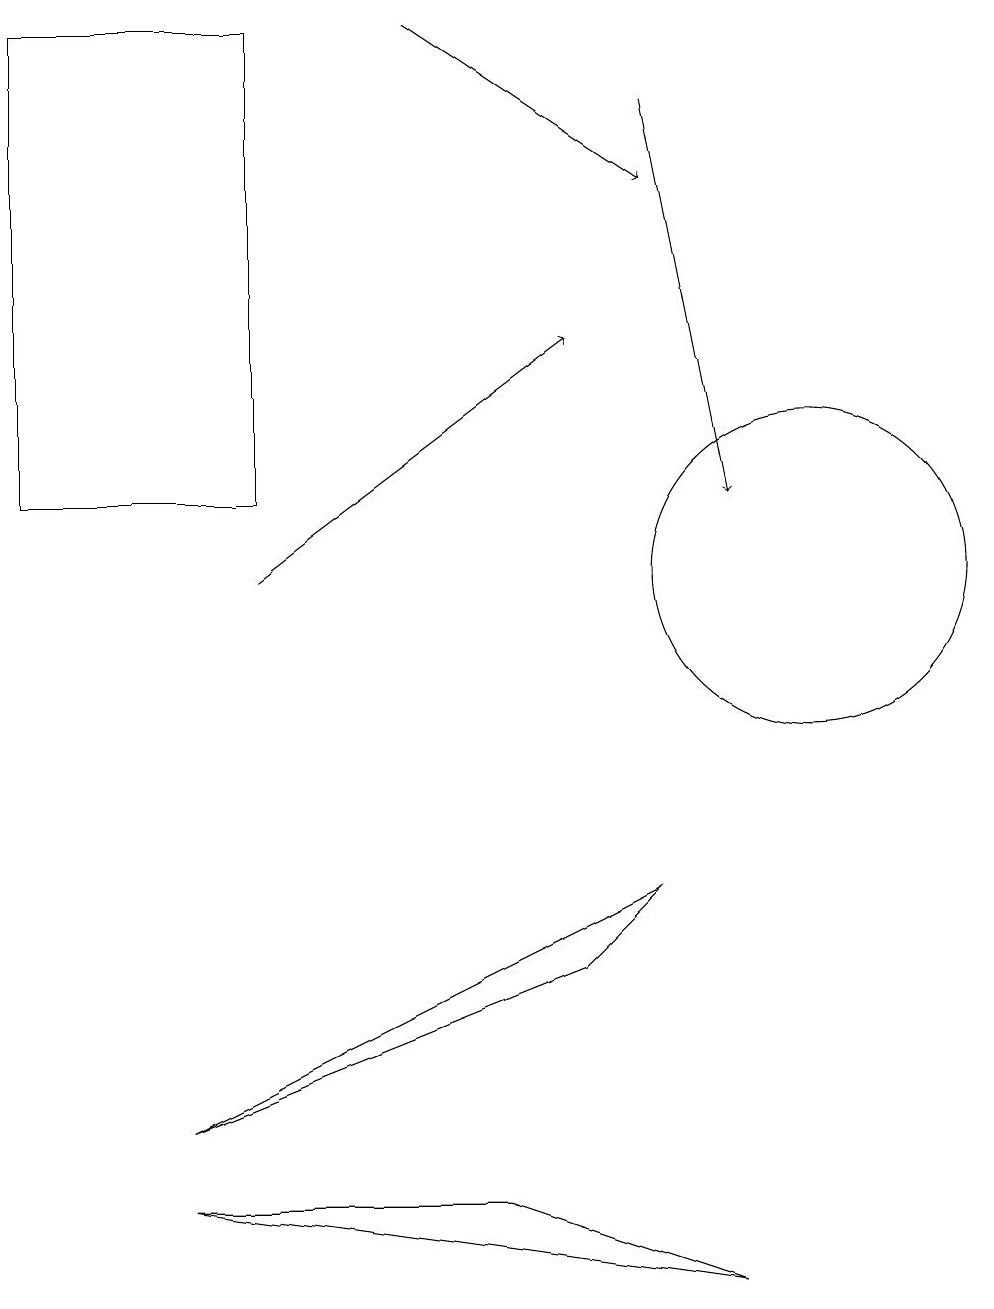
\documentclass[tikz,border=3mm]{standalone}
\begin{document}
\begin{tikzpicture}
\draw (7,5) -- (8,6) -- (2,3) -- cycle;
\draw (3,11) rectangle (0,17);
\draw[->] (3,10) -- (7,13);
\draw (10,10) circle (2);
\draw (2,2) -- (9,1) -- (6,2) -- cycle;
\draw[->] (8,16) -- (9,11);
\draw[->] (5,17) -- (8,15);
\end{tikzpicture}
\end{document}